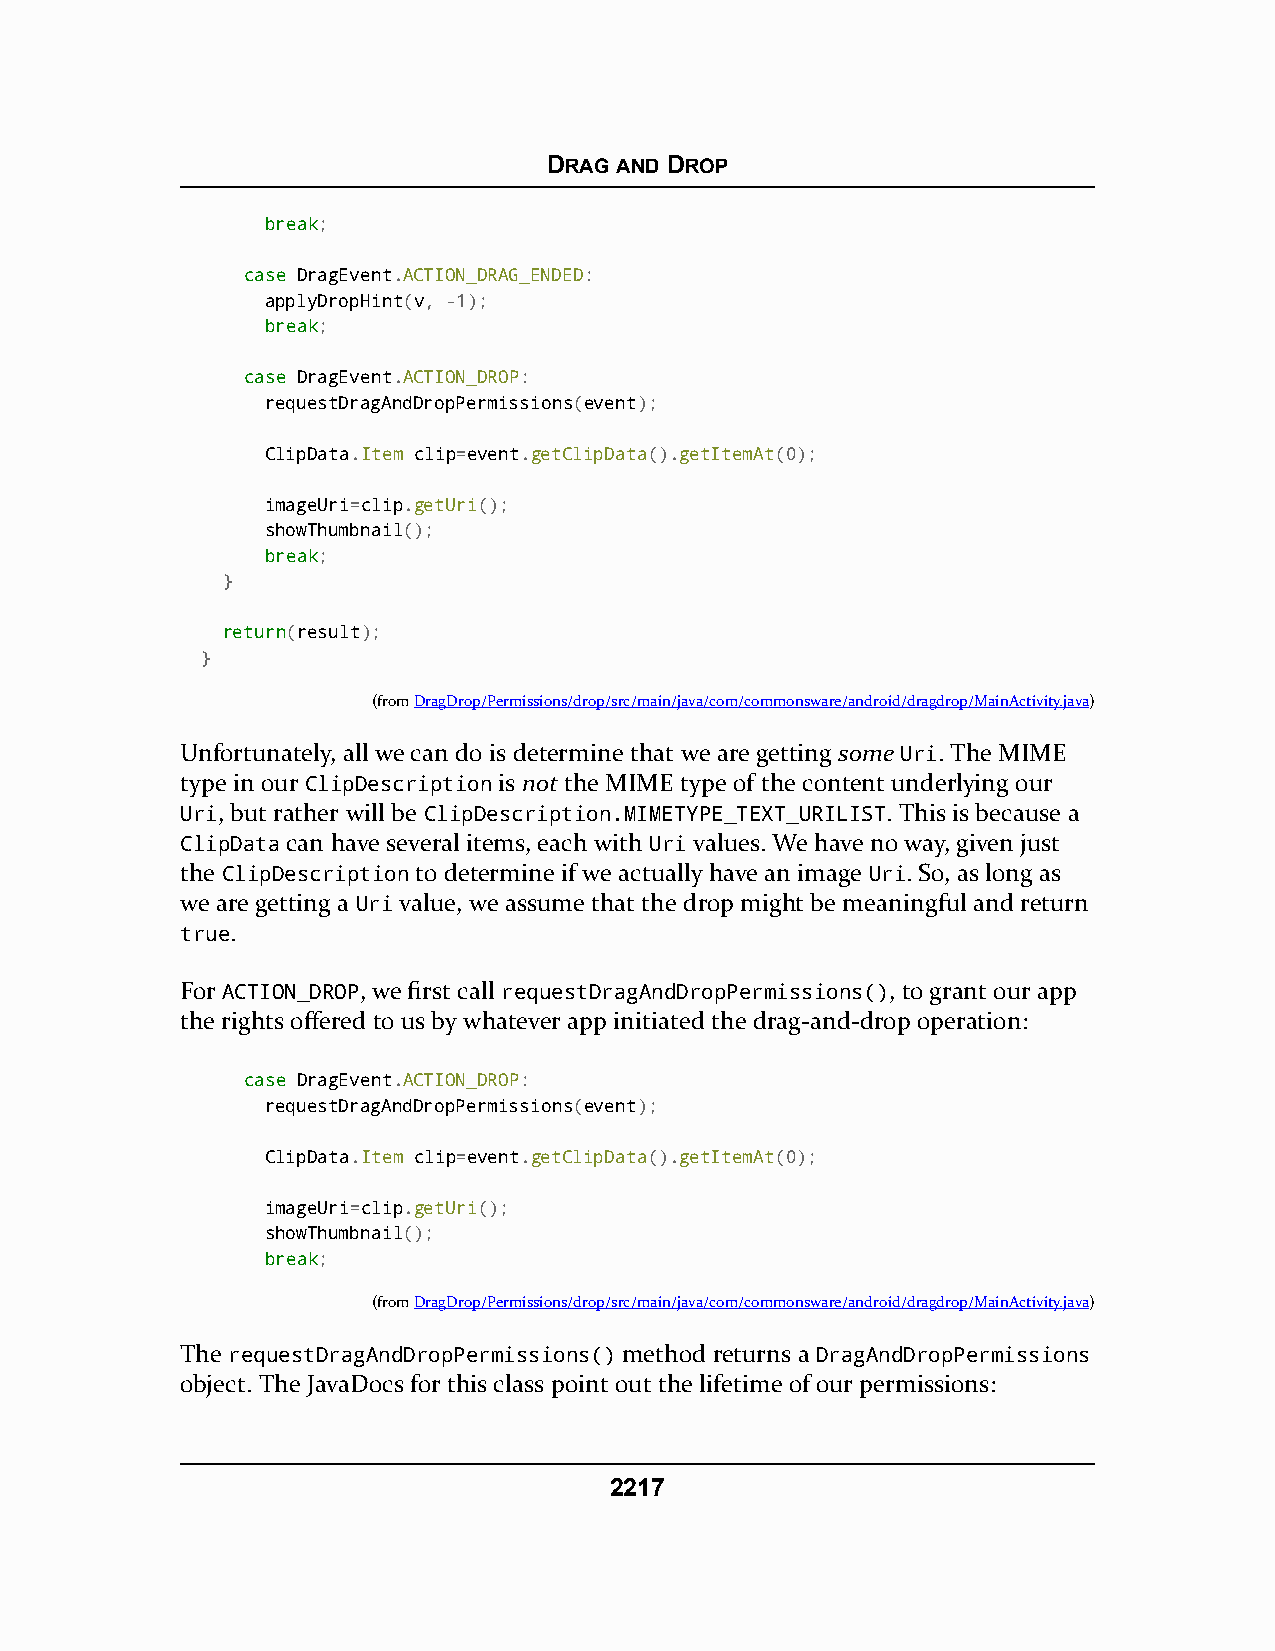
DRAG AND DROP
 bbrreeaakk;
 ccaassee DragEvent.ACTION_DRAG_ENDED:
 applyDropHint(v, -1);
 bbrreeaakk;
 ccaassee DragEvent.ACTION_DROP:
 requestDragAndDropPermissions(event);
 ClipData.Item clip=event.getClipData().getItemAt(0);
 imageUri=clip.getUri();
 showThumbnail();
 bbrreeaakk;
 }
 rreettuurrnn(result);
 }
 (fromDragDrop/Permissions/drop/src/main/java/com/commonsware/android/dragdrop/MainActivity.java)
 Unfortunately, all we can do is determine that we are getting some Uri. The MIME
 type in our ClipDescription is not the MIME type of the content underlying our
 Uri, but rather will be ClipDescription.MIMETYPE_TEXT_URILIST. This is because a
 ClipData can have several items, each with Uri values. We have no way, given just
 the ClipDescription to determine if we actually have an image Uri. So, as long as
 we are getting a Uri value, we assume that the drop might be meaningful and return
 true.
 For ACTION_DROP, we first call requestDragAndDropPermissions(), to grant our app
 the rights offered to us by whatever app initiated the drag-and-drop operation:
 ccaassee DragEvent.ACTION_DROP:
 requestDragAndDropPermissions(event);
 ClipData.Item clip=event.getClipData().getItemAt(0);
 imageUri=clip.getUri();
 showThumbnail();
 bbrreeaakk;
 (fromDragDrop/Permissions/drop/src/main/java/com/commonsware/android/dragdrop/MainActivity.java)
 The requestDragAndDropPermissions() method returns a DragAndDropPermissions
 object. The JavaDocs for this class point out the lifetime of our permissions:
 2217